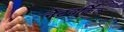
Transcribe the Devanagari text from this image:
नेटवर्किंक